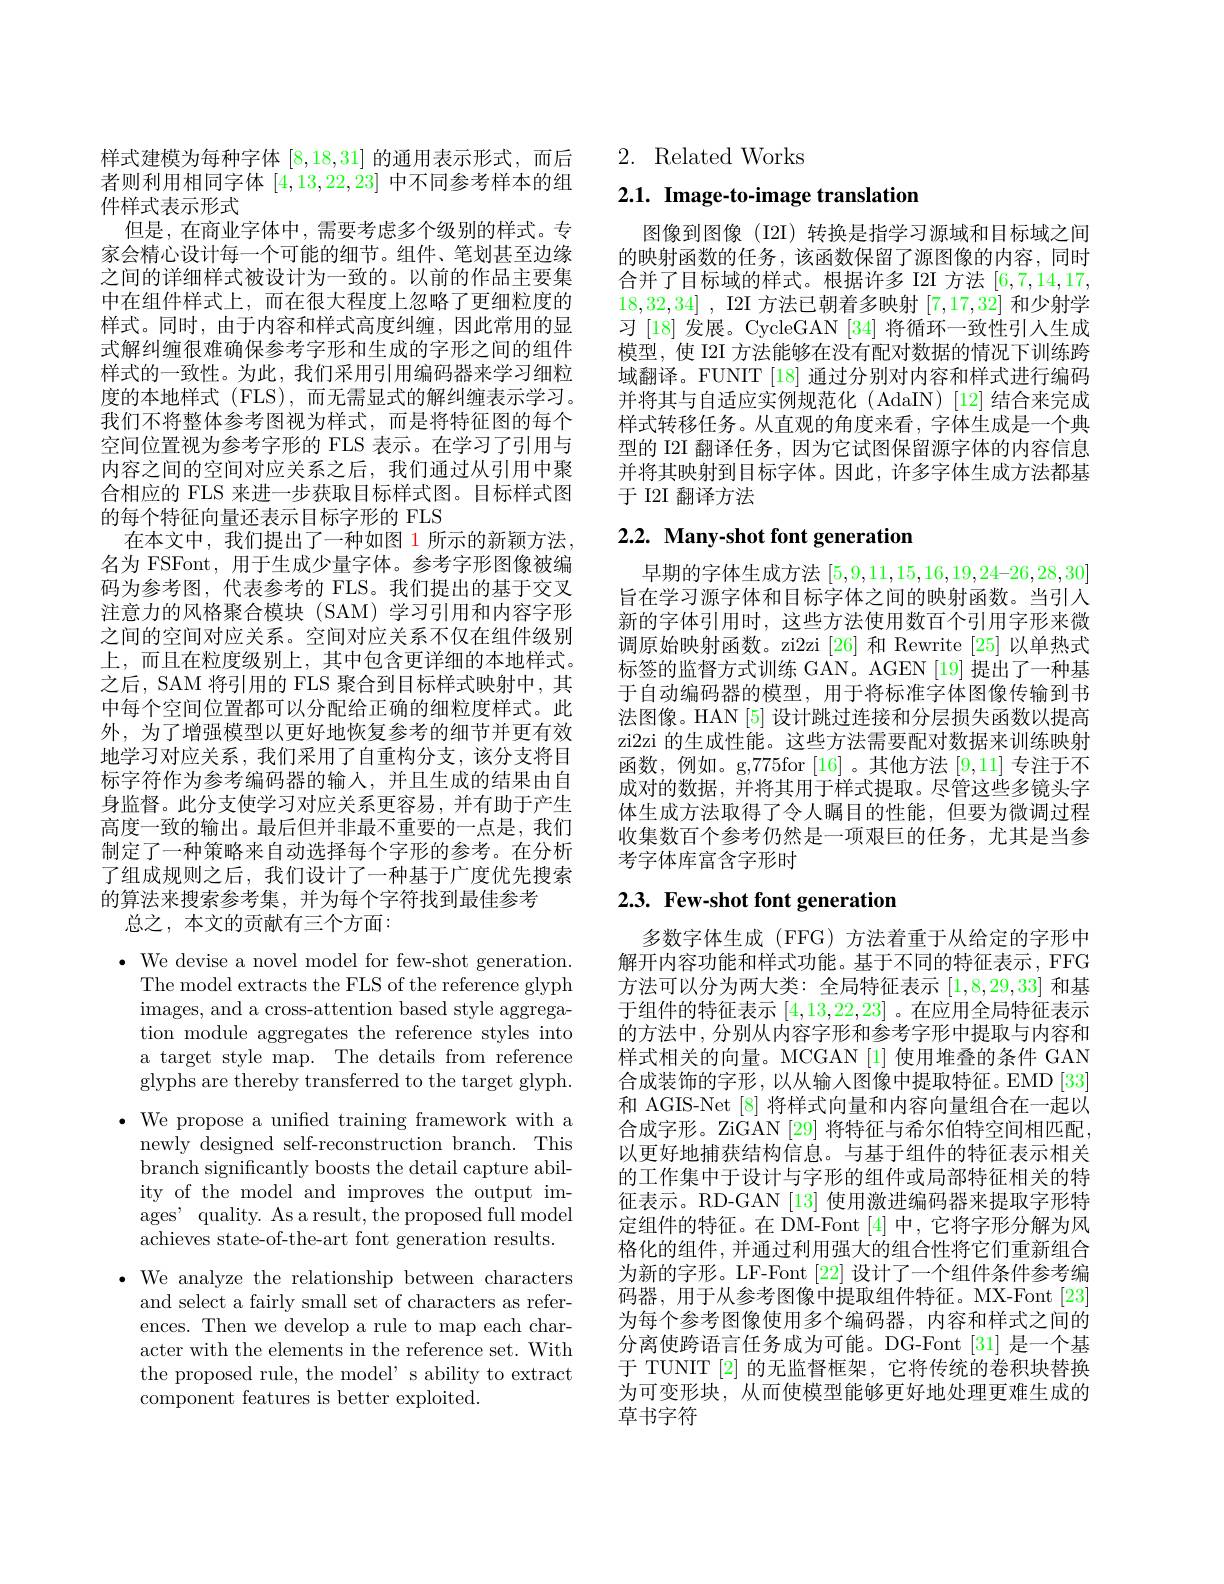
样式建模为每种字体[8,18,31]的通用表示形式，而后者则利用相同字体[4,13,22,23]中不同参考样本的组件样式表示形式
但是，在商业字体中，需要考虑多个级别的样式。专家会精心设计每一个可能的细节。组件、笔划甚至边缘之间的详细样式被设计为一致的。以前的作品主要集中在组件样式上，而在很大程度上忽略了更细粒度的样式。同时，由于内容和样式高度纠缠，因此常用的显式解纠缠很难确保参考字形和生成的字形之间的组件样式的一致性。为此，我们采用引用编码器来学习细粒度的本地样式 (FLS),而无需显式的解纠缠表示学习。我们不将整体参考图视为样式，而是将特征图的每个空间位置视为参考字形的 FLS 表示。在学习了引用与内容之间的空间对应关系之后，我们通过从引用中聚合相应的 FLS 来进一步获取目标样式图。目标样式图的每个特征向量还表示目标字形的 FLS
在本文中，我们提出了一种如图 1 所示的新颖方法， 名为 FSFont, 用于生成少量字体。参考字形图像被编码为参考图，代表参考的 FLS。我们提出的基于交叉注意力的风格聚合模块(SAM)学习引用和内容字形之间的空间对应关系。空间对应关系不仅在组件级别上，而且在粒度级别上，其中包含更详细的本地样式。之后，SAM 将引用的 FLS 聚合到目标样式映射中，其中每个空间位置都可以分配给正确的细粒度样式。此外，为了增强模型以更好地恢复参考的细节并更有效地学习对应关系，我们采用了自重构分支，该分支将目标字符作为参考编码器的输入，并且生成的结果由自身监督。此分支使学习对应关系更容易，并有助于产生高度一致的输出。最后但并非最不重要的一点是，我们制定了一种策略来自动选择每个字形的参考。在分析了组成规则之后，我们设计了一种基于广度优先搜索的算法来搜索参考集，并为每个字符找到最佳参考
总之，本文的贡献有三个方面：

$\bullet$ We devise a novel model for few-shot generation.
The model extracts the FLS of the reference glyph images, and a cross-attention based style aggregation module aggregates the reference styles into a target style map. The details from reference glyphs are thereby transferred to the target glyph.
$\bullet$ We propose a unified training framework with a
newly designed self-reconstruction branch. This branch significantly boosts the detail capture ability of the model and improves the output images' quality. As a result, the proposed full model achieves state-of-the-art font generation results.
$\bullet$ We analyze the relationship between characters
and select a fairly small set of characters as references. Then we develop a rule to map each character with the elements in the reference set. With the proposed rule, the model' s ability to extract component features is better exploited.

2. Related Works

# 2.1. Image-to-image translation

图像到图像(I2I) 转换是指学习源域和目标域之间的映射函数的任务，该函数保留了源图像的内容，同时合并了目标域的样式。根据许多 I2I 方法[6,7,14,17, 18,32,34] , I2I 方法已朝着多映射[7,17,32]和少射学习[18]发展。CycleGAN[34]将循环一致性引人生成模型，使 I2I 方法能够在没有配对数据的情况下训练跨域翻译。FUNIT [18] 通过分别对内容和样式进行编码并将其与自适应实例规范化 (AdaIN) [12] 结合来完成样式转移任务。从直观的角度来看，字体生成是一个典型的 I2I 翻译任务，因为它试图保留源字体的内容信息并将其映射到目标字体。因此，许多字体生成方法都基于 I2I 翻译方法

# 2.2. Many-shot font generation

早期的字体生成方法[5,9,11,15,16,19,24-26,28,30] 旨在学习源字体和目标字体之间的映射函数。当引入新的字体引用时，这些方法使用数百个引用字形来微调原始映射函数。zi2zi [26]和 Rewrite [25]以单热式标签的监督方式训练 GAN。AGEN [19] 提出了一种基于自动编码器的模型，用于将标准字体图像传输到书法图像。HAN [5] 设计跳过连接和分层损失函数以提高zi2zi 的生成性能。这些方法需要配对数据来训练映射函数，例如。g,775for[16]。其他方法[9,11]专注于不成对的数据，并将其用于样式提取。尽管这些多镜头字体生成方法取得了令人瞩目的性能，但要为微调过程收集数百个参考仍然是一项艰巨的任务，尤其是当参考字体库富含字形时

# 2.3. Few-shot font generation

多数字体生成(FFG)方法着重于从给定的字形中解开内容功能和样式功能。基于不同的特征表示，FFG 方法可以分为两大类：全局特征表示[1,8,29,33]和基于组件的特征表示[4,13,22,23] 。在应用全局特征表示的方法中，分别从内容字形和参考字形中提取与内容和样式相关的向量。MCGAN[1]使用堆叠的条件 GAN 合成装饰的字形，以从输入图像中提取特征。EMD[33] 和 AGIS-Net [8] 将样式向量和内容向量组合在一起以合成字形。ZiGAN [29] 将特征与希尔伯特空间相匹配， 以更好地捕获结构信息。与基于组件的特征表示相关的工作集中于设计与字形的组件或局部特征相关的特征表示。RD-GAN [13] 使用激进编码器来提取字形特定组件的特征。在 DM-Font [4] 中，它将字形分解为风格化的组件，并通过利用强大的组合性将它们重新组合为新的字形。LF-Font [22] 设计了一个组件条件参考编码器，用于从参考图像中提取组件特征。MX-Font[23] 为每个参考图像使用多个编码器，内容和样式之间的分离使跨语言任务成为可能。DG-Font[31] 是一个基于 TUNIT [2] 的无监督框架，它将传统的卷积块替换为可变形块，从而使模型能够更好地处理更难生成的草书字符